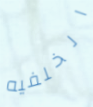
الخلفيه